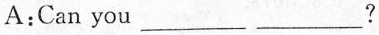
A:Can you ___ ___?